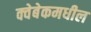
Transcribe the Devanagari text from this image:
क्वेबेकमधील